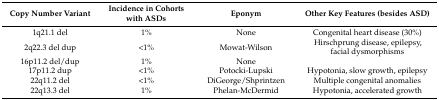
| Copy Number Variant | Incidence in Cohorts with ASDs | Eponym | Other Key Features (besides ASD) |
 | --- | --- | --- | --- |
 | 1q21.1 del | 1% | None | Congenital heart disease (30%) |
 | 2q22.3 del dup | <1% | Mowat-Wilson | Hirschprung disease, epilepsy, facial dysmorphisms |
 | 16p11.2 del/dup | 1% | None |  |
 | 17p11.2 dup | <1% | Potocki-Lupski | Hypotonia, slow growth, epilepsy |
 | 22q11.2 del | <1% | DiGeorge/Shprintzen | Multiple congenital anomalies |
 | 22q13.3 del | 1% | Phelan-McDermid | Hypotonia, accelerated growth |